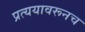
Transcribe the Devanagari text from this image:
प्रत्ययावरूनच